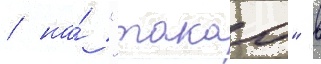
/ на́ "такао" в